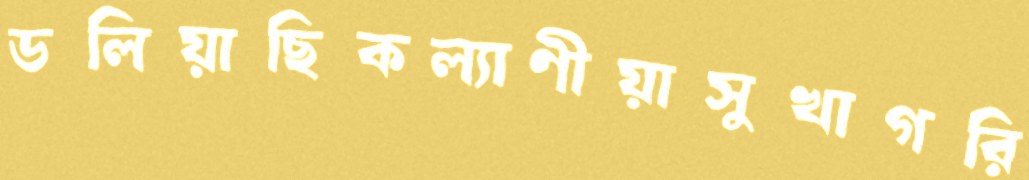
ডলিয়াছিকল্যাণীয়াসুখাগরি